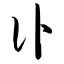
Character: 讣